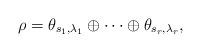
LaTeX: \begin{align*}\rho=\theta_{s_1,\lambda_1}\oplus\dots\oplus\theta_{s_r,\lambda_r},\end{align*}